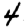
Digit: 4